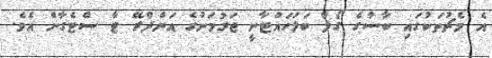
އެ މެޗުތަކުގައި ބާސާގެ ގޯލް ބަލަހައްޓާނީ ޖަރުމަނުގެ އަންދްރޭ ޓާ ސްޓެގާން އެވެ.